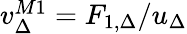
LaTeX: \begin{array}{r}{v_{\Delta}^{M1}=F_{1,\Delta}/u_{\Delta}}\end{array}